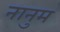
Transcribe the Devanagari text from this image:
नानुम